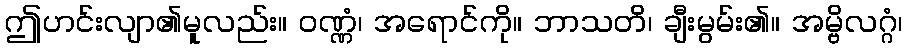
ဤဟင်းလျာ၏မူလည်း။ ဝဏ္ဏံ၊ အရောင်ကို။ ဘာသတိ၊ ချီးမွမ်း၏။ အမ္ဗိလဂ္ဂံ၊